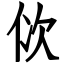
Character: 佽